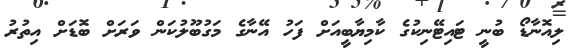
ލިއޮނާޑޯ ބުނީ ޓައިޓޭނިކުގެ ކާމިޔާބީއަށް ފަހު އޭނާގެ މަގުބޫލުކަން ވަރަށް ބޮޑަށް އިތުރު